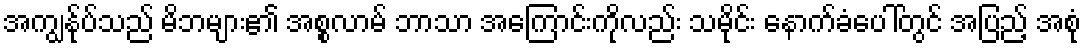
အကျွန်ုပ်သည် မိဘများ၏ အစ္စလာမ် ဘာသာ အကြောင်းကိုလည်း သမိုင်း နောက်ခံပေါ်တွင် အပြည့် အစုံ